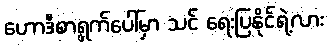
ဟောဒီစာရွက်ပေါ်မှာ သင် ရေးပြနိုင်ရဲ့လား